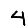
Digit: 4